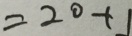
= 2 0 + 1